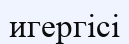
игергісі